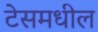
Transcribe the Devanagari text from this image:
टेसमधील